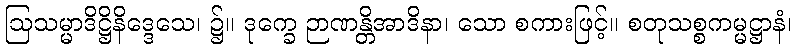
ဩသမ္မာဒိဋ္ဌိနိဒ္ဒေသေ၊ ၌။ ဒုက္ခေ ဉာဏန္တိအာဒိနာ၊ သော စကားဖြင့်။ စတုသစ္စကမ္မဋ္ဌာနံ၊